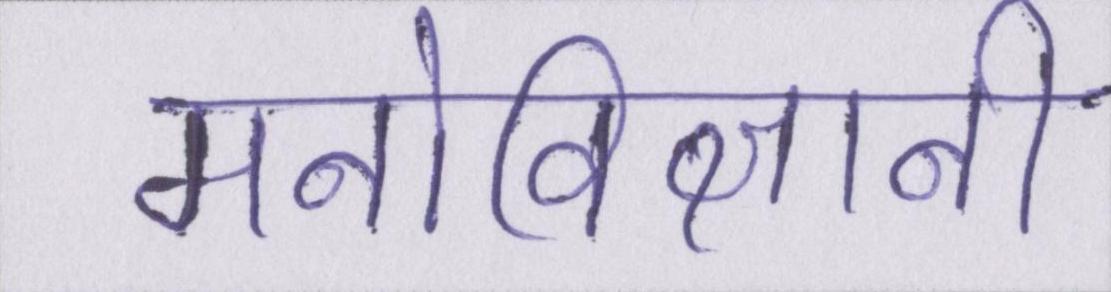
मनोविज्ञानी